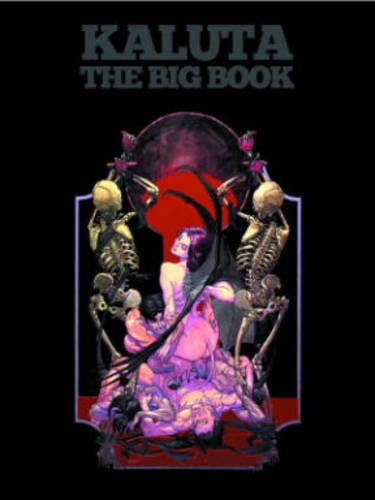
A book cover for Michael Wm. Kaluta: The Big Book HC; Michael W. Kaluta; Comics & Graphic Novels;